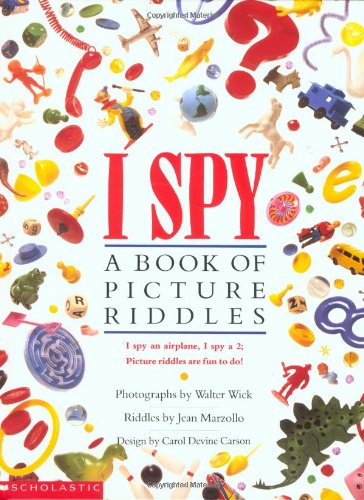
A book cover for I Spy: A Book of Picture Riddles; Jean Marzollo; Humor & Entertainment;